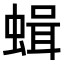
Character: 𧎎